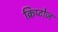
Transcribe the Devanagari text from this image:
क्रिप्टोज